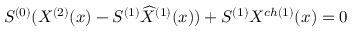
S ^ { ( 0 ) } ( X ^ { ( 2 ) } ( x ) - S ^ { ( 1 ) } { \widehat X } ^ { ( 1 ) } ( x ) ) + S ^ { ( 1 ) } X ^ { c h ( 1 ) } ( x ) = 0